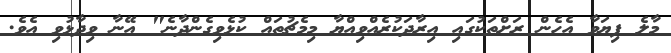
މާލެ ފިޔަވާ އެހެން ރަށްތަކުގައި އިރާދަކުރެއްވިއްޔާ މިމެޗުތައް ކުޅެވިގެންދާނެ" އޭނާ ވިދާޅުވި އެވެ.